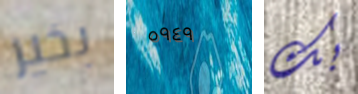
بخير ٥٩٤٩ بك